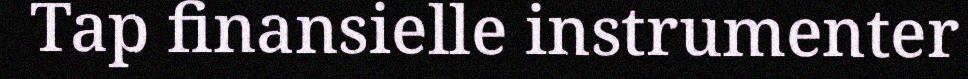
Tap finansielle instrumenter